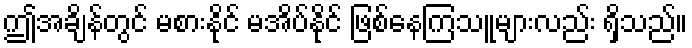
ဤအချိန်တွင် မစားနိုင် မအိပ်နိုင် ဖြစ်နေကြသူများလည်း ရှိသည်။